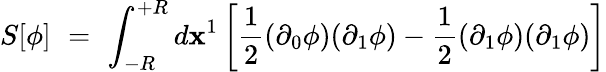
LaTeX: S[\phi]\, \, =\, \, \int_{-R}^{+R}d\mathbf{x}^{1}\left[\frac{{1}}{{2}}(\partial_{0}\phi)(\partial_{1}\phi)-\frac{{1}}{{2}}(\partial_{1}\phi)(\partial_{1}\phi)\right]